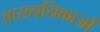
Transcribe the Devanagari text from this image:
आख्ययिकाओं